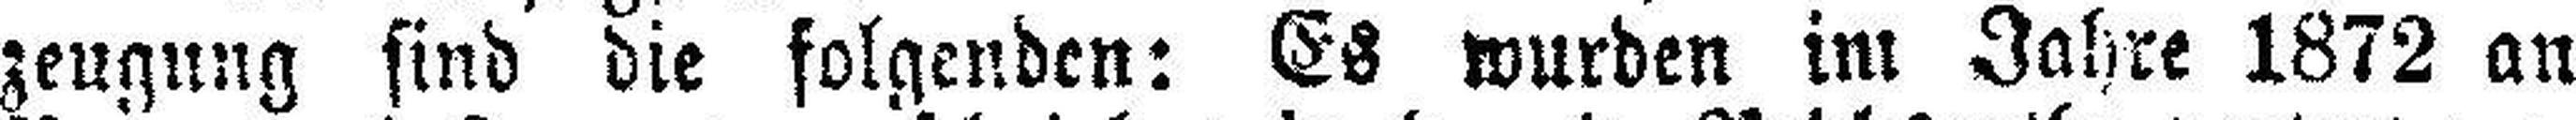
zeugung sind die folgenden: Es wurden im Jahre 1872 an